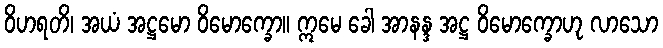
ဝိဟရတိ၊ အယံ အဋ္ဌမော ဝိမောက္ခော။ ဣမေ ခေါ အာနန္ဒ အဋ္ဌ ဝိမောက္ခောဟု လာသော